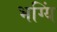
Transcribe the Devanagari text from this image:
भग्यिं